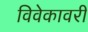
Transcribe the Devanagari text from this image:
विवेकावरी